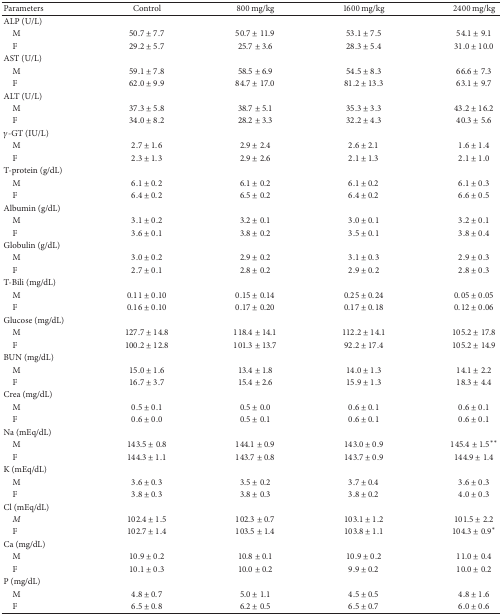
<table><thead><tr><td><b>Parameters</b></td><td><b>Control</b></td><td><b>800 mg/kg</b></td><td><b>1600 mg/kg</b></td><td><b>2400 mg/kg </b></td></tr></thead><tbody><tr><td>ALP (U/L)</td><td>[EMPTY_CELL]</td><td>[EMPTY_CELL]</td><td>[EMPTY_CELL]</td><td>[EMPTY_CELL]</td></tr><tr><td> M</td><td>50.7 ± 7.7</td><td>50.7 ± 11.9</td><td>53.1 ± 7.5</td><td>54.1 ± 9.1</td></tr><tr><td> F</td><td>29.2 ± 5.7</td><td>25.7 ± 3.6</td><td>28.3 ± 5.4</td><td>31.0 ± 10.0</td></tr><tr><td>AST (U/L)</td><td>[EMPTY_CELL]</td><td>[EMPTY_CELL]</td><td>[EMPTY_CELL]</td><td>[EMPTY_CELL]</td></tr><tr><td> M</td><td>59.1 ± 7.8</td><td>58.5 ± 6.9</td><td>54.5 ± 8.3</td><td>66.6 ± 7.3</td></tr><tr><td> F</td><td>62.0 ± 9.9</td><td>84.7 ± 17.0</td><td>81.2 ± 13.3</td><td>63.1 ± 9.7</td></tr><tr><td>ALT (U/L)</td><td>[EMPTY_CELL]</td><td>[EMPTY_CELL]</td><td>[EMPTY_CELL]</td><td>[EMPTY_CELL]</td></tr><tr><td> M</td><td>37.3 ± 5.8</td><td>38.7 ± 5.1</td><td>35.3 ± 3.3</td><td>43.2 ± 16.2</td></tr><tr><td> F</td><td>34.0 ± 8.2</td><td>28.2 ± 3.3</td><td>32.2 ± 4.3</td><td>40.3 ± 5.6</td></tr><tr><td><i>γ</i>-GT (IU/L)</td><td>[EMPTY_CELL]</td><td>[EMPTY_CELL]</td><td>[EMPTY_CELL]</td><td>[EMPTY_CELL]</td></tr><tr><td> M</td><td>2.7 ± 1.6</td><td>2.9 ± 2.4</td><td>2.6 ± 2.1</td><td>1.6 ± 1.4</td></tr><tr><td> F</td><td>2.3 ± 1.3</td><td>2.9 ± 2.6</td><td>2.1 ± 1.3</td><td>2.1 ± 1.0</td></tr><tr><td>T-protein (g/dL)</td><td>[EMPTY_CELL]</td><td>[EMPTY_CELL]</td><td>[EMPTY_CELL]</td><td>[EMPTY_CELL]</td></tr><tr><td> M</td><td>6.1 ± 0.2</td><td>6.1 ± 0.2</td><td>6.1 ± 0.2</td><td>6.1 ± 0.3</td></tr><tr><td> F</td><td>6.4 ± 0.2</td><td>6.5 ± 0.2</td><td>6.4 ± 0.2</td><td>6.6 ± 0.5</td></tr><tr><td>Albumin (g/dL)</td><td>[EMPTY_CELL]</td><td>[EMPTY_CELL]</td><td>[EMPTY_CELL]</td><td>[EMPTY_CELL]</td></tr><tr><td> M</td><td>3.1 ± 0.2</td><td>3.2 ± 0.1</td><td>3.0 ± 0.1</td><td>3.2 ± 0.1</td></tr><tr><td> F</td><td>3.6 ± 0.1</td><td>3.8 ± 0.2</td><td>3.5 ± 0.1</td><td>3.8 ± 0.4</td></tr><tr><td>Globulin (g/dL)</td><td>[EMPTY_CELL]</td><td>[EMPTY_CELL]</td><td>[EMPTY_CELL]</td><td>[EMPTY_CELL]</td></tr><tr><td> M</td><td>3.0 ± 0.2</td><td>2.9 ± 0.2</td><td>3.1 ± 0.3</td><td>2.9 ± 0.3</td></tr><tr><td> F</td><td>2.7 ± 0.1</td><td>2.8 ± 0.2</td><td>2.9 ± 0.2</td><td>2.8 ± 0.3</td></tr><tr><td>T-Bili (mg/dL)</td><td>[EMPTY_CELL]</td><td>[EMPTY_CELL]</td><td>[EMPTY_CELL]</td><td>[EMPTY_CELL]</td></tr><tr><td> M</td><td>0.11 ± 0.10</td><td>0.15 ± 0.14</td><td>0.25 ± 0.24</td><td>0.05 ± 0.05</td></tr><tr><td> F</td><td>0.16 ± 0.10</td><td>0.17 ± 0.20</td><td>0.17 ± 0.18</td><td>0.12 ± 0.06</td></tr><tr><td>Glucose (mg/dL)</td><td>[EMPTY_CELL]</td><td>[EMPTY_CELL]</td><td>[EMPTY_CELL]</td><td>[EMPTY_CELL]</td></tr><tr><td> M</td><td>127.7 ± 14.8</td><td>118.4 ± 14.1</td><td>112.2 ± 14.1</td><td>105.2 ± 17.8</td></tr><tr><td> F</td><td>100.2 ± 12.8</td><td>101.3 ± 13.7</td><td>92.2 ± 17.4</td><td>105.2 ± 14.9</td></tr><tr><td>BUN (mg/dL)</td><td>[EMPTY_CELL]</td><td>[EMPTY_CELL]</td><td>[EMPTY_CELL]</td><td>[EMPTY_CELL]</td></tr><tr><td> M</td><td>15.0 ± 1.6</td><td>13.4 ± 1.8</td><td>14.0 ± 1.3</td><td>14.1 ± 2.2</td></tr><tr><td> F</td><td>16.7 ± 3.7</td><td>15.4 ± 2.6</td><td>15.9 ± 1.3</td><td>18.3 ± 4.4</td></tr><tr><td>Crea (mg/dL)</td><td>[EMPTY_CELL]</td><td>[EMPTY_CELL]</td><td>[EMPTY_CELL]</td><td>[EMPTY_CELL]</td></tr><tr><td> M</td><td>0.5 ± 0.1</td><td>0.5 ± 0.0</td><td>0.6 ± 0.1</td><td>0.6 ± 0.1</td></tr><tr><td> F</td><td>0.6 ± 0.0</td><td>0.5 ± 0.1</td><td>0.6 ± 0.1</td><td>0.6 ± 0.1</td></tr><tr><td>Na (mEq/dL)</td><td>[EMPTY_CELL]</td><td>[EMPTY_CELL]</td><td>[EMPTY_CELL]</td><td>[EMPTY_CELL]</td></tr><tr><td> M</td><td>143.5 ± 0.8</td><td>144.1 ± 0.9</td><td>143.0 ± 0.9</td><td>145.4 ± 1.5<sup><i>∗∗</i></sup></td></tr><tr><td> F</td><td>144.3 ± 1.1</td><td>143.7 ± 0.8</td><td>143.7 ± 0.9</td><td>144.9 ± 1.4</td></tr><tr><td>K (mEq/dL)</td><td>[EMPTY_CELL]</td><td>[EMPTY_CELL]</td><td>[EMPTY_CELL]</td><td>[EMPTY_CELL]</td></tr><tr><td> M</td><td>3.6 ± 0.3</td><td>3.5 ± 0.2</td><td>3.7 ± 0.4</td><td>3.6 ± 0.3</td></tr><tr><td> F</td><td>3.8 ± 0.3</td><td>3.8 ± 0.3</td><td>3.8 ± 0.2</td><td>4.0 ± 0.3</td></tr><tr><td>Cl (mEq/dL)</td><td>[EMPTY_CELL]</td><td>[EMPTY_CELL]</td><td>[EMPTY_CELL]</td><td>[EMPTY_CELL]</td></tr><tr><td> <i>M</i></td><td>102.4 ± 1.5</td><td>102.3 ± 0.7</td><td>103.1 ± 1.2</td><td>101.5 ± 2.2</td></tr><tr><td> F</td><td>102.7 ± 1.4</td><td>103.5 ± 1.4</td><td>103.8 ± 1.1</td><td>104.3 ± 0.9<sup><i>∗</i></sup></td></tr><tr><td>Ca (mg/dL)</td><td>[EMPTY_CELL]</td><td>[EMPTY_CELL]</td><td>[EMPTY_CELL]</td><td>[EMPTY_CELL]</td></tr><tr><td> M</td><td>10.9 ± 0.2</td><td>10.8 ± 0.1</td><td>10.9 ± 0.2</td><td>11.0 ± 0.4</td></tr><tr><td> F</td><td>10.1 ± 0.3</td><td>10.0 ± 0.2</td><td>9.9 ± 0.2</td><td>10.0 ± 0.2</td></tr><tr><td>P (mg/dL)</td><td>[EMPTY_CELL]</td><td>[EMPTY_CELL]</td><td>[EMPTY_CELL]</td><td>[EMPTY_CELL]</td></tr><tr><td> M</td><td>4.8 ± 0.7</td><td>5.0 ± 1.1</td><td>4.5 ± 0.5</td><td>4.8 ± 1.6</td></tr><tr><td> F</td><td>6.5 ± 0.8</td><td>6.2 ± 0.5</td><td>6.5 ± 0.7</td><td>6.0 ± 0.6</td></tr></tbody></table>